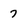
Character: 7